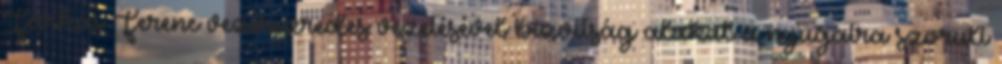
Farkas Ferenc vezérezredes vezetésével bizottság alakul a nyugatra szorult